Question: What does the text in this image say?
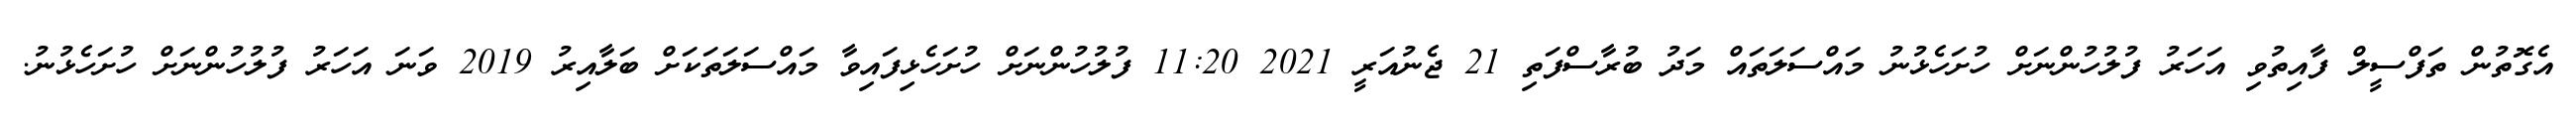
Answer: އެގޮތުން ތަފްސީލް ފާއިތުވި އަހަރު ފުލުހުންނަށް ހުށަހެޅުނު މައްސަލަތައް މަދު ބުރާސްފަތި 21 ޖެނުއަރީ 2021 11:20 ފުލުހުންނަށް ހުށަހެޅިފައިވާ މައްސަލަތަކަށް ބަލާއިރު 2019 ވަނަ އަހަރު ފުލުހުންނަށް ހުށަހެޅުނު.